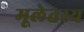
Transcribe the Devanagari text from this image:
मूलेतस्य